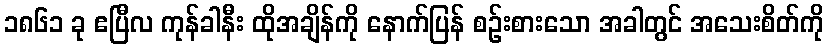
၁၈၆၁ ခု ဧပြီလ ကုန်ခါနီး ထိုအချိန်ကို နောက်ပြန် စဉ်းစားသော အခါတွင် အသေးစိတ်ကို